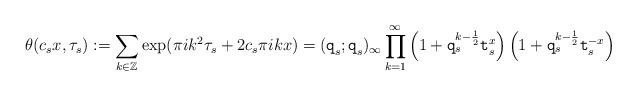
LaTeX: \begin{align*} \theta(c_s x,\tau_s):=\sum_{k\in\mathbb{Z}}\exp (\pi i k^2 \tau_s + 2c_s\pi i k x)= (\texttt{q}_s;\texttt{q}_s)_\infty\prod_{k=1}^\infty \left(1 + \texttt{q}_s^{k-{\frac 12}} \texttt{t}_s^{ x}\right)\left(1 +\texttt{q}_s^{k-{\frac 12}} \texttt{t}_s^{- x}\right)\end{align*}